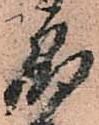
郎